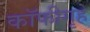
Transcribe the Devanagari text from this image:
कॉफीगृहे